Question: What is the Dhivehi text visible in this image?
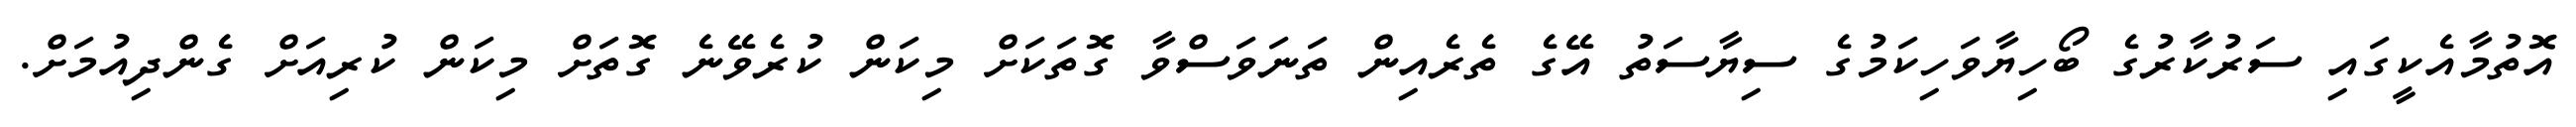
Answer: އޮތުމާއެކީގައި ސަރުކާރުގެ ބޯހިޔާވަހިކަމުގެ ސިޔާސަތު އޭގެ ތެރެއިން ތަނަވަސްވާ ގޮތަކަށް މިކަން ކުރެވޭނެ ގޮތަށް މިކަން ކުރިއަށް ގެންދިއުމަށް.